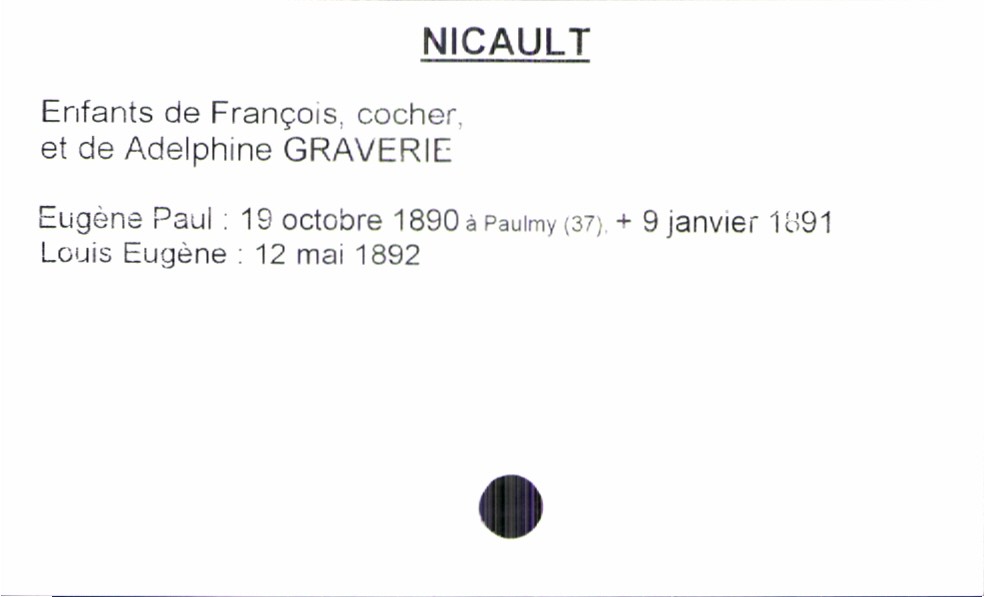
type_acte: Baptême
filiation: fils
enfant_prénom: Louis Eugène
enfant_date_de_naissance: 12 mai 1892
enfant_lieu_de_naissance: Paulmy (37)
enfant_date_de_décès: 9 janvier 1891
père_enfant_nom: Nicault
père_enfant_prénom: François
père_enfant_profession: cocher
mère_enfant_nom: Graverie
mère_enfant_prénom: Adelphine